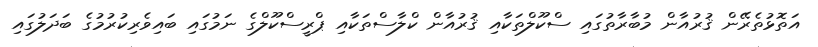
އަތޮޅުތެރޭން ޤުރުއާން މުބާރާތުގައި ސްކޫލްތަކާއި ޤުރުއާން ކްލާސްތަކާއި ޕްރީސްކޫލްގެ ނަމުގައި ބައިވެރިކުރުމުގެ ބަދަލުގައި